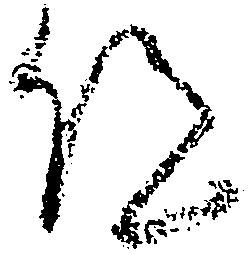
仰